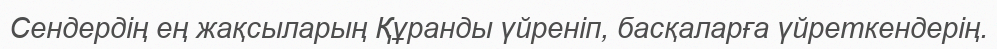
Сендердің ең жақсыларың Құранды үйреніп, басқаларға үйреткендерің.